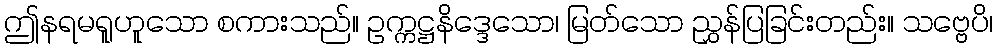
ဤနရမရူဟူသော စကားသည်။ ဥက္ကဋ္ဌနိဒ္ဒေသော၊ မြတ်သော ညွှန်ပြခြင်းတည်း။ သဗ္ဗေပိ၊